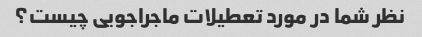
نظر شما در مورد تعطیلات ماجراجویی چیست؟